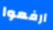
ارفعوا